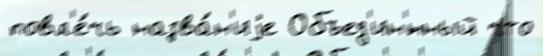
повл'е́чь назва́н'иjе Объед'ин'́нный что